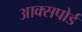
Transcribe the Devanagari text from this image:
आक्सपोर्ड